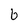
Character: b